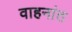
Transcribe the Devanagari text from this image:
वाहनांत